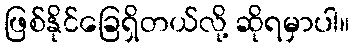
ဖြစ်နိုင်ခြေရှိတယ်လို့ ဆိုရမှာပါ။